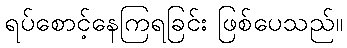
ရပ်စောင့်နေကြရခြင်း ဖြစ်ပေသည်။